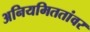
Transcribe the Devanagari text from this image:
अनियमिततांवर